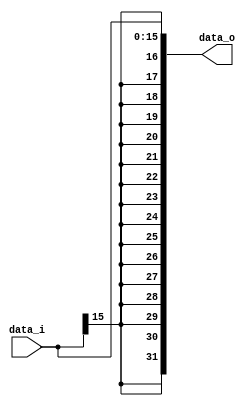
//Subject:     CO project 2 - Sign extend
//--------------------------------------------------------------------------------
//Version:     1
//--------------------------------------------------------------------------------
//Writer:       0416024  0516310 f
//----------------------------------------------
//Date:        
//----------------------------------------------
//Description: 
//--------------------------------------------------------------------------------

module Sign_Extend(
    data_i,
    data_o
    );
               
//I/O ports
input   [16-1:0] data_i;
output  [32-1:0] data_o;

//Internal Signals
//reg     [32-1:0] data_o;

//Sign extended

assign data_o[31] = data_i[15];
assign data_o[30] = data_i[15];
assign data_o[29] = data_i[15];
assign data_o[28] = data_i[15];
assign data_o[27] = data_i[15];
assign data_o[26] = data_i[15];
assign data_o[25] = data_i[15];
assign data_o[24] = data_i[15];
assign data_o[23] = data_i[15];
assign data_o[22] = data_i[15];
assign data_o[21] = data_i[15];
assign data_o[20] = data_i[15];
assign data_o[19] = data_i[15];
assign data_o[18] = data_i[15];
assign data_o[17] = data_i[15];
assign data_o[16] = data_i[15];
assign data_o[15:0] = data_i[15:0];
          
endmodule